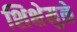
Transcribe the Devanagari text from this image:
शिक्षेमुळे